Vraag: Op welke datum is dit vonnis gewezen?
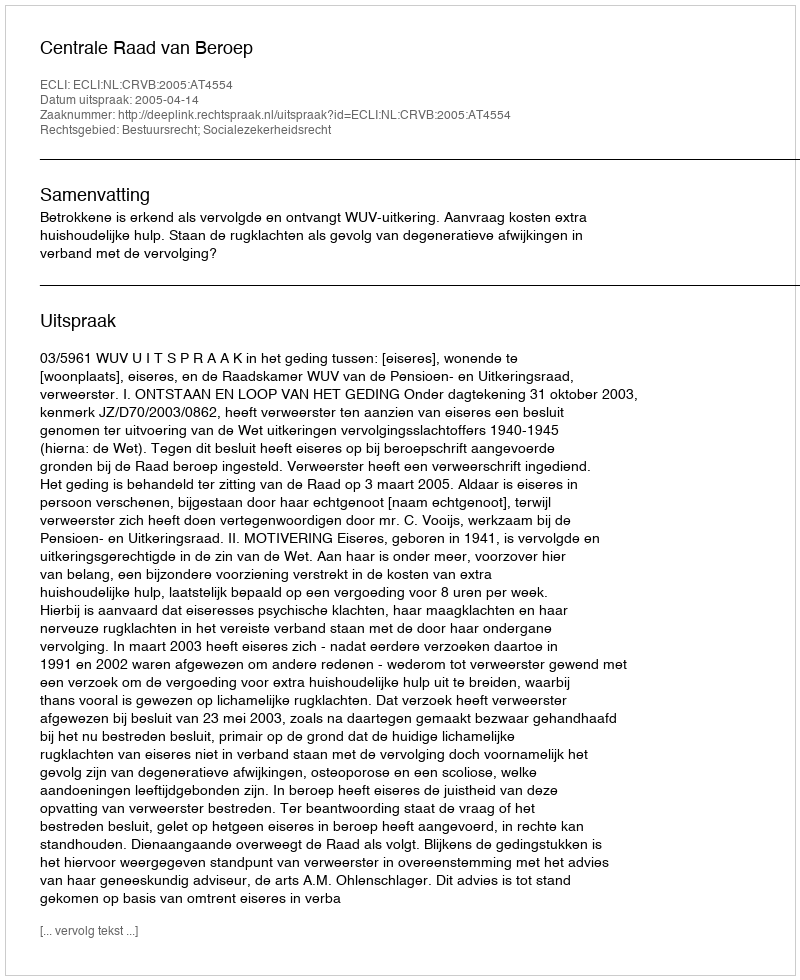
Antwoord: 2005-04-14